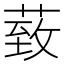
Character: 𦳙